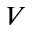
V